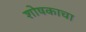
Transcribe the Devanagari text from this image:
शोषकाचा